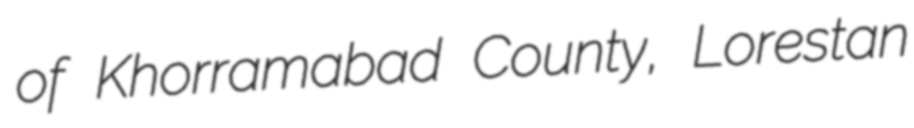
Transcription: of Khorramabad County, Lorestan